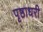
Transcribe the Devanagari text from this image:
पृष्ठाधरी